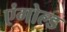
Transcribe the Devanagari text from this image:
एंगोल्ड